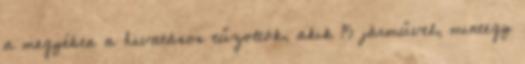
a megyében a hivatásos tűzoltók, akik 15 járművel, mintegy